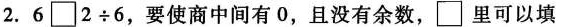
2.$$6 \Box 2 \div 6$$，要使商中间有0，且没有余数，\Box 里可以填